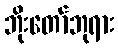
ဘိုးတော်ဘုရား